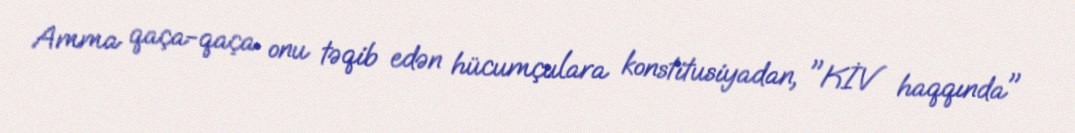
Amma qaça-qaça onu təqib edən hücumçulara konstitusiyadan, "KİV haqqında"